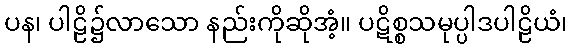
ပန၊ ပါဠိ၌လာသော နည်းကိုဆိုအံ့။ ပဋိစ္စသမုပ္ပါဒပါဠိယံ၊